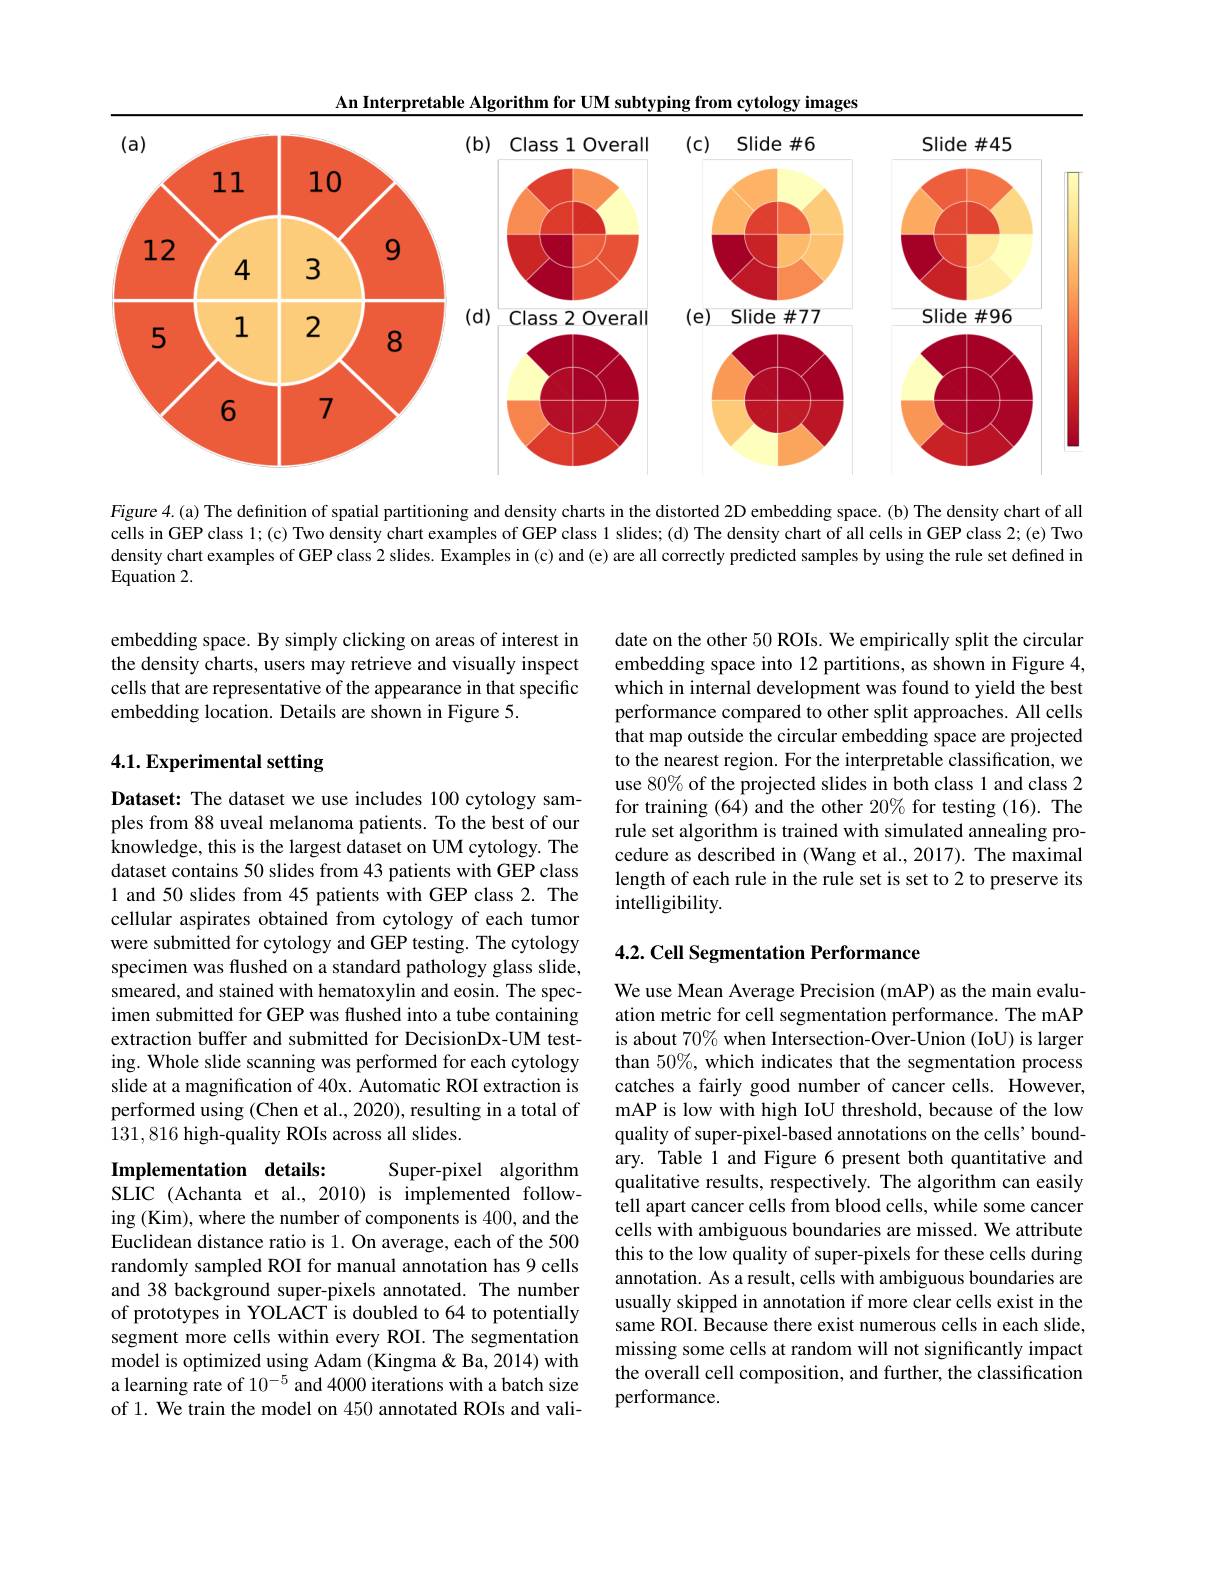
An Interpretable Algorithm for UM subtyping from cytology images

<FigureHere>

Figure 4.(a) The definition of spatial partitioning and density charts in the distorted 2D embedding space. (b) The density chart of all cells in GEP class 1;(c) Two density chart examples of GEP class 1 slides; (d) The density chart of all cells in GEP class 2; (e) Two density chart examples of GEP class 2 slides. Examples in (c) and (e) are all correctly predicted samples by using the rule set defined in Equation 2.

embedding space. By simply clicking on areas of interest in the density charts, users may retrieve and visually inspect cells that are representative of the appearance in that specific embedding location. Details are shown in Figure 5.

## 4.1. Experimental setting

Dataset: The dataset we use includes 100 cytology samples from 88 uveal melanoma patients. To the best of our knowledge, this is the largest dataset on UM cytology. The dataset contains 50 slides from 43 patients with GEP class 1 and 50 slides from 45 patients with GEP class 2. The cellular aspirates obtained from cytology of each tumor were submitted for cytology and GEP testing. The cytology specimen was flushed on a standard pathology glass slide, smeared, and stained with hematoxylin and eosin. The specimen submitted for GEP was flushed into a tube containing extraction buffer and submitted for DecisionDx-UM testing. Whole slide scanning was performed for each cytology slide at a magnification of 40x. Automatic ROI extraction is performed using (Chen et al., 2020), resulting in a total of 131,816 high-quality ROIs across all slides.

## Implementation details:

Super-pixel algorithm
SLIC (Achanta et al., 2010) is implemented following (Kim), where the number of components is 400, and the Euclidean distance ratio is 1. On average, each of the 500 randomly sampled ROI for manual annotation has 9 cells and 38 background super-pixels annotated. The number of prototypes in YOLACT is doubled to 64 to potentially segment more cells within every ROI. The segmentation model is optimized using Adam (Kingma & Ba, 2014) with a learning rate of $10^{-5}$ and 4000 iterations with a batch size of 1. We train the model on 450 annotated ROIs and vali-

date on the other 50 ROIs. We empirically split the circular embedding space into 12 partitions, as shown in Figure 4, which in internal development was found to yield the best performance compared to other split approaches. All cells that map outside the circular embedding space are projected to the nearest region. For the interpretable classification, we use 80% of the projected slides in both class 1 and class 2 for training (64) and the other 20% for testing (16). The rule set algorithm is trained with simulated annealing procedure as described in (Wang et al.,2017). The maximal length of each rule in the rule set is set to 2 to preserve its intelligibility.

## 4.2. Cell Segmentation Performance

We use Mean Average Precision (mAP) as the main evaluation metric for cell segmentation performance. The mAP is about $70\%$ when Intersection-Over-Union (IoU) is larger than 50%, which indicates that the segmentation process catches a fairly good number of cancer cells. However, mAP is low with high IoU threshold, because of the low quality of super-pixel-based annotations on the cells' boundary. Table 1 and Figure 6 present both quantitative and qualitative results, respectively. The algorithm can easily tell apart cancer cells from blood cells, while some cancer cells with ambiguous boundaries are missed. We attribute this to the low quality of super-pixels for these cells during annotation. As a result, cells with ambiguous boundaries are usually skipped in annotation if more clear cells exist in the same ROI. Because there exist numerous cells in each slide, missing some cells at random will not significantly impact the overall cell composition, and further, the classification performance.